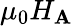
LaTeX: \mu_{0}H_{\mathbf{A}}